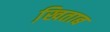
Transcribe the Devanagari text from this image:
खि़ताब